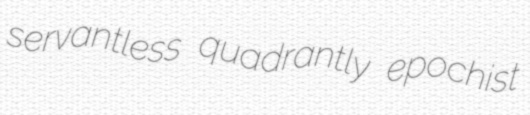
servantless quadrantly epochist